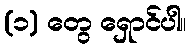
(၁) တွေ ရှောင်ပါ။